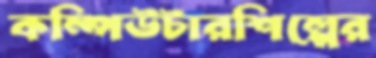
কম্পিউটারশিল্পের